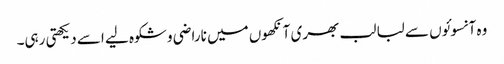
وہ آنسوئوں سے لبا لب بھری آنکھوں میں ناراضی و شکوہ لیے اسے دیکھتی رہی۔